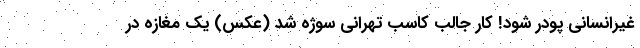
غیرانسانی پودر شود! کار جالب کاسب تهرانی سوژه شد (عکس) یک مغازه در